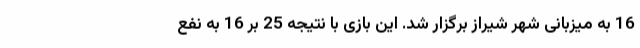
16 به میزبانی شهر شیراز برگزار شد. این بازی با نتیجه 25 بر 16 به نفع